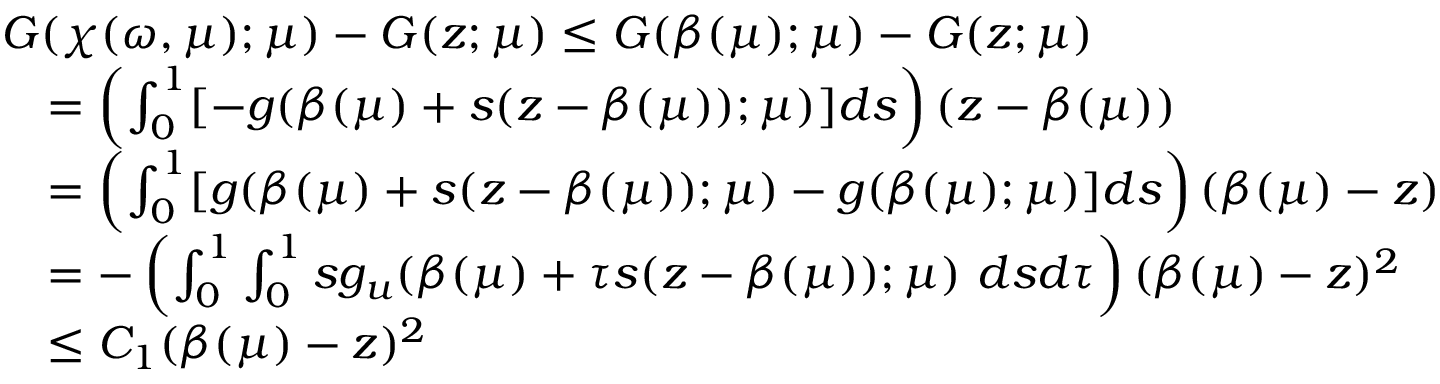
\begin{array} { r l } & { G ( \chi ( \omega , \mu ) ; \mu ) - G ( z ; \mu ) \leq G ( \beta ( \mu ) ; \mu ) - G ( z ; \mu ) } \\ & { \quad = \left( \int _ { 0 } ^ { 1 } [ - { g } ( \beta ( \mu ) + s ( z - \beta ( \mu ) ) ; \mu ) ] d s \right) ( z - \beta ( \mu ) ) } \\ & { \quad = \left( \int _ { 0 } ^ { 1 } [ { g } ( \beta ( \mu ) + s ( z - \beta ( \mu ) ) ; \mu ) - { g } ( \beta ( \mu ) ; \mu ) ] d s \right) ( \beta ( \mu ) - z ) } \\ & { \quad = - \left( \int _ { 0 } ^ { 1 } \int _ { 0 } ^ { 1 } s g _ { u } ( \beta ( \mu ) + \tau s ( z - \beta ( \mu ) ) ; \mu ) \ d s d \tau \right) ( \beta ( \mu ) - z ) ^ { 2 } } \\ & { \quad \leq C _ { 1 } ( \beta ( \mu ) - z ) ^ { 2 } } \end{array}